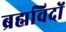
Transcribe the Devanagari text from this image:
ब्रह्मविदों